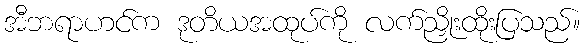
အီဘရာဟင်က ဒုတိယအထုပ်ကို လက်ညှိုးထိုးပြသည်။